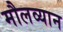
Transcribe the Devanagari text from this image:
मौलव्यान